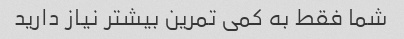
شما فقط به کمی تمرین بیشتر نیاز دارید